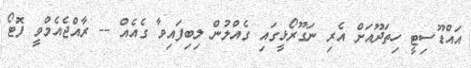
އައްޑޫސިޓީ ހިތަދޫއަށް އެރި ނަގޫރޯޅީގައި ގެއްލުން ލިބިފައިވާ ގެއެއް -- ރާއްޖެއެމްވީ ފޮޓޯ